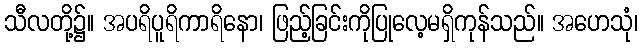
သီလတို့၌။ အပရိပူရိကာရိနော၊ ဖြည့်ခြင်းကိုပြုလေ့မရှိကုန်သည်။ အဟေသုံ၊